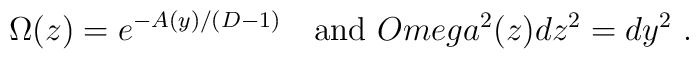
\Omega (z) = e^{- A(y)/(D-1)}\ \ \ \mbox{and } \ \\Omega^2 (z) dz^2 = dy^2  \ .